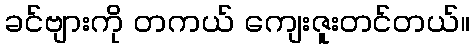
ခင်ဗျားကို တကယ် ကျေးဇူးတင်တယ်။